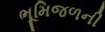
ભૂમિજળની